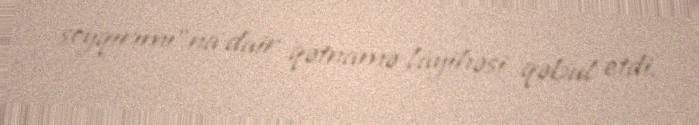
soyqırımı”na dair qətnamə layihəsi qəbul etdi.